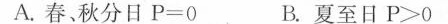
A.春、秋分日$$P=0$$ B.夏至日$$P>0$$